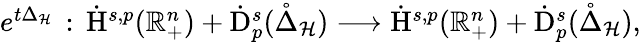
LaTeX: \begin{array}{r}{e^{t\Delta_{\mathcal{H}}}\, :\, \dot{\mathrm{H}}^{s,p}(\mathbb{R}_{+}^{n})+\dot{\mathrm{D}}_{p}^{s}(\mathring{\Delta}_{\mathcal{H}})\longrightarrow\dot{\mathrm{H}}^{s,p}(\mathbb{R}_{+}^{n})+\dot{\mathrm{D}}_{p}^{s}(\mathring{\Delta}_{\mathcal{H}}),}\end{array}